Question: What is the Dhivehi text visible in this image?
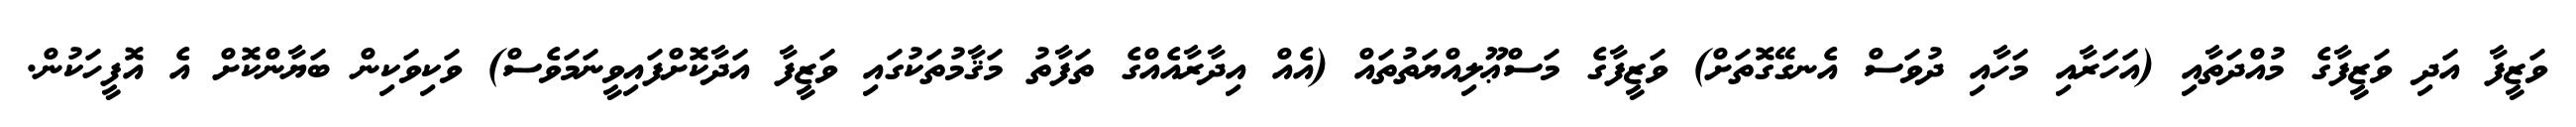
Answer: ވަޒީފާ އަދި ވަޒީފާގެ މުއްދަތާއި (އަހަރާއި މަހާއި ދުވަސް އެނގޭގޮތަށް) ވަޒީފާގެ މަސްޢޫލިއްޔަތުތައް (އެއް އިދާރާއެއްގެ ތަފާތު މަޤާމުތަކުގައި ވަޒީފާ އަދާކޮށްފައިވީނަމަވެސް) ވަކިވަކިން ބަޔާންކޮށް އެ އޮފީހަކުން.